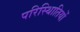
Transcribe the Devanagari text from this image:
परिस्थिातियों